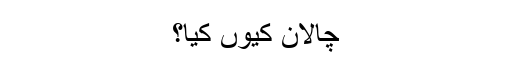
چالان کیوں کیا؟